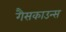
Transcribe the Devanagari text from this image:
गैसकाउन्स